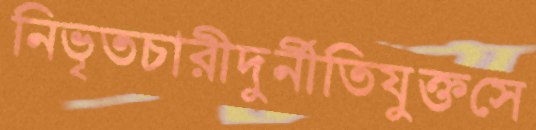
নিভৃতচারীদুর্নীতিযুক্তসে